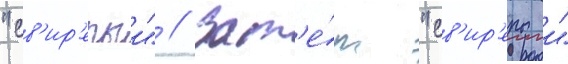
"св'ир'епыи" // Зат'е́м "св'ир'епыи"